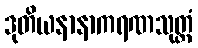
ဒုတိယနာနာကရဏသုတ္တံ